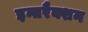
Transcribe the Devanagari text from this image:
इन्तरैक्शन